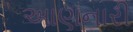
આણનારી